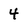
Character: 4